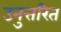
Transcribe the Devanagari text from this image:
उनुत्तरित